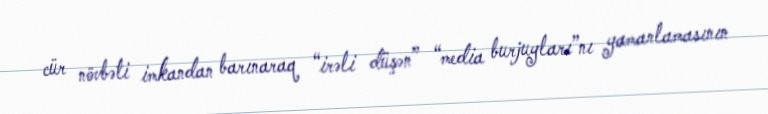
cür növbəti imkandan barınaraq “irəli düşən” “media burjuyları”nı yamanlamasının